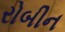
રોબીન